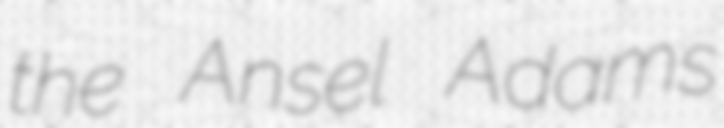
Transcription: the Ansel Adams